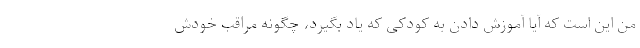
من این است که آیا آموزش دادن به کودکی که یاد بگیرد، چگونه مراقب خودش